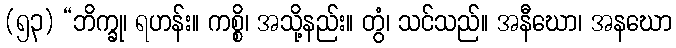
(၅၃) “ဘိက္ခု၊ ရဟန်း။ ကစ္စိ၊ အသို့နည်း။ တွံ၊ သင်သည်။ အနီဃော၊ အနဃော